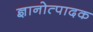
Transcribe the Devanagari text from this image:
ज्ञानोत्पादक